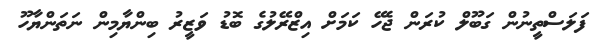
ފަލަސްތީނުން ގަބޫލް ކުރަން ޖެހޭ ކަމަށް އިޒްރޭލުގެ ބޮޑު ވަޒީރު ބިންޔާމިން ނަތަންޔާހޫ